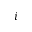
i